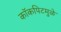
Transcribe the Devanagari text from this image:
कॉकपिटमुळे